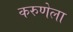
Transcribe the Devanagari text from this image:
करुणेला